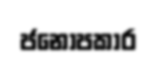
ජනොපකාර